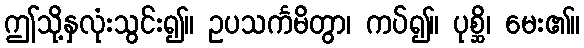
ဤသို့နှလုံးသွင်း၍။ ဥပသင်္ကမိတွာ၊ ကပ်၍။ ပုစ္ဆိ၊ မေး၏။